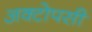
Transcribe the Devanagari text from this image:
अक्टोपसी